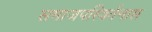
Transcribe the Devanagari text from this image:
समाजपरिवर्तनास